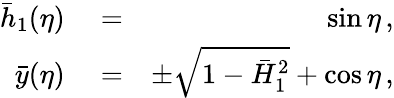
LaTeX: \begin{array}{rlr}{\bar{h}_{1}(\eta)}&{{}=}&{\sin\eta\, ,}\\ {\bar{y}(\eta)}&{{}=}&{\pm\sqrt{1-\bar{H}_{1}^{2}}+\cos\eta\, ,}\end{array}